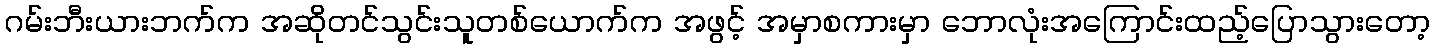
ဂမ်းဘီးယားဘက်က အဆိုတင်သွင်းသူတစ်ယောက်က အဖွင့် အမှာစကားမှာ ဘောလုံးအကြောင်းထည့်ပြောသွားတော့